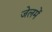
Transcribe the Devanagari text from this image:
जेलमें